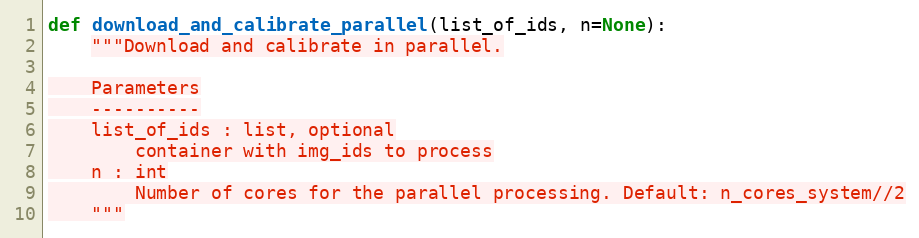
Language: Python
def download_and_calibrate_parallel(list_of_ids, n=None):
    """Download and calibrate in parallel.

    Parameters
    ----------
    list_of_ids : list, optional
        container with img_ids to process
    n : int
        Number of cores for the parallel processing. Default: n_cores_system//2
    """